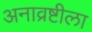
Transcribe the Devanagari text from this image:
अनाव्रष्टीला